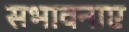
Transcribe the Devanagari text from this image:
सभावनाए